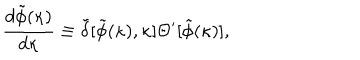
{ \frac { d \tilde { \phi } ( \kappa ) } { d \kappa } } \equiv \tilde { \delta } [ \tilde { \phi } ( \kappa ) , \kappa ] \Theta ^ { \prime } [ \tilde { \phi } ( \kappa ) ] ,